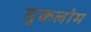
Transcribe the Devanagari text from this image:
मुकलोम